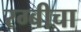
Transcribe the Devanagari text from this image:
रग्बीचा